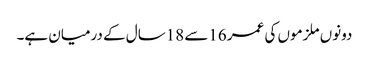
دونوں ملزموں کی عمر 16سے 18سال کے درمیان ہے۔